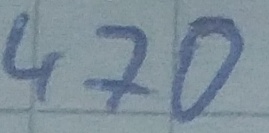
Text: 470